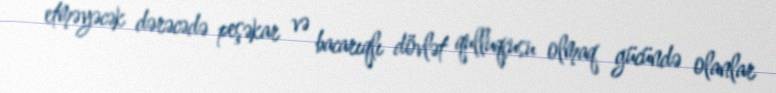
etməyəcək dərəcədə peşəkar və bacarıqlı dövlət qulluqçusu olmaq gücündə olanlar